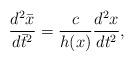
LaTeX: \begin{align*}\frac{d^2\bar{x}}{d\bar{t}^2}=\frac{c}{h(x)}\frac{d^2x}{dt^2},\end{align*}